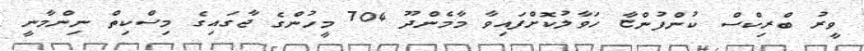
ވީރު ބްރިކްސް ކުންފުންޏާ ހަވާލުކޮށްފައިވާ މާމެންދޫ 704 މީހުންގެ ޖާގައިގެ މިސްކިތް ނިންމާނީ